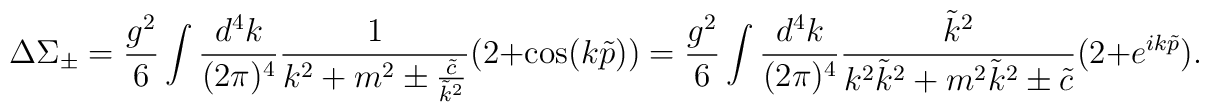
\Delta\Sigma_\pm = \frac{g^2}6\int \frac{d^4k}{(2\pi)^4} \frac1{k^2+m^2 \pm\frac{\tilde c}{\tilde k^2}}(2+\cos(k\tilde p))  =\frac{g^2}6\int \frac{d^4k}{(2\pi)^4} \frac{\tilde k^2} {k^2\tilde k^2 +m^2\tilde k^2 \pm \tilde c}(2+e^{ik\tilde p}).